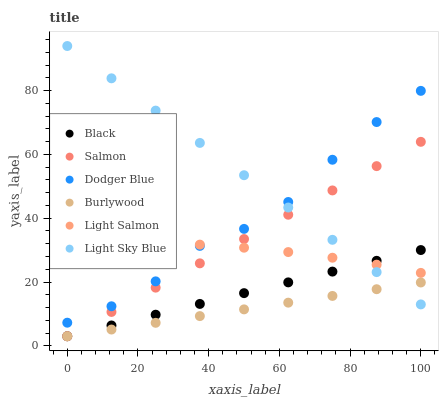
| xaxis_label | Black | Salmon | Dodger Blue | Burlywood | Light Salmon | Light Sky Blue |
 | --- | --- | --- | --- | --- | --- | --- |
 | 0 | 3 | 3 | 7.25 | 3 | 32.2 | 94 |
 | 12.5 | 6.38 | 10.6 | 12.4 | 5.11 | 32.4 | 83.9 |
 | 25 | 9.76 | 18.2 | 20.2 | 7.21 | 32.3 | 73.7 |
 | 37.5 | 13.1 | 25.9 | 31.3 | 9.32 | 31.7 | 63.6 |
 | 50 | 16.5 | 33.5 | 36.7 | 11.4 | 30.8 | 53.5 |
 | 62.5 | 19.9 | 41.1 | 45.1 | 13.5 | 29.4 | 43.4 |
 | 75 | 23.3 | 48.7 | 58.3 | 15.6 | 27.6 | 33.2 |
 | 87.5 | 26.7 | 56.3 | 70.2 | 17.7 | 25.4 | 23.1 |
 | 100 | 30 | 64 | 79.9 | 19.9 | 22.9 | 13 |